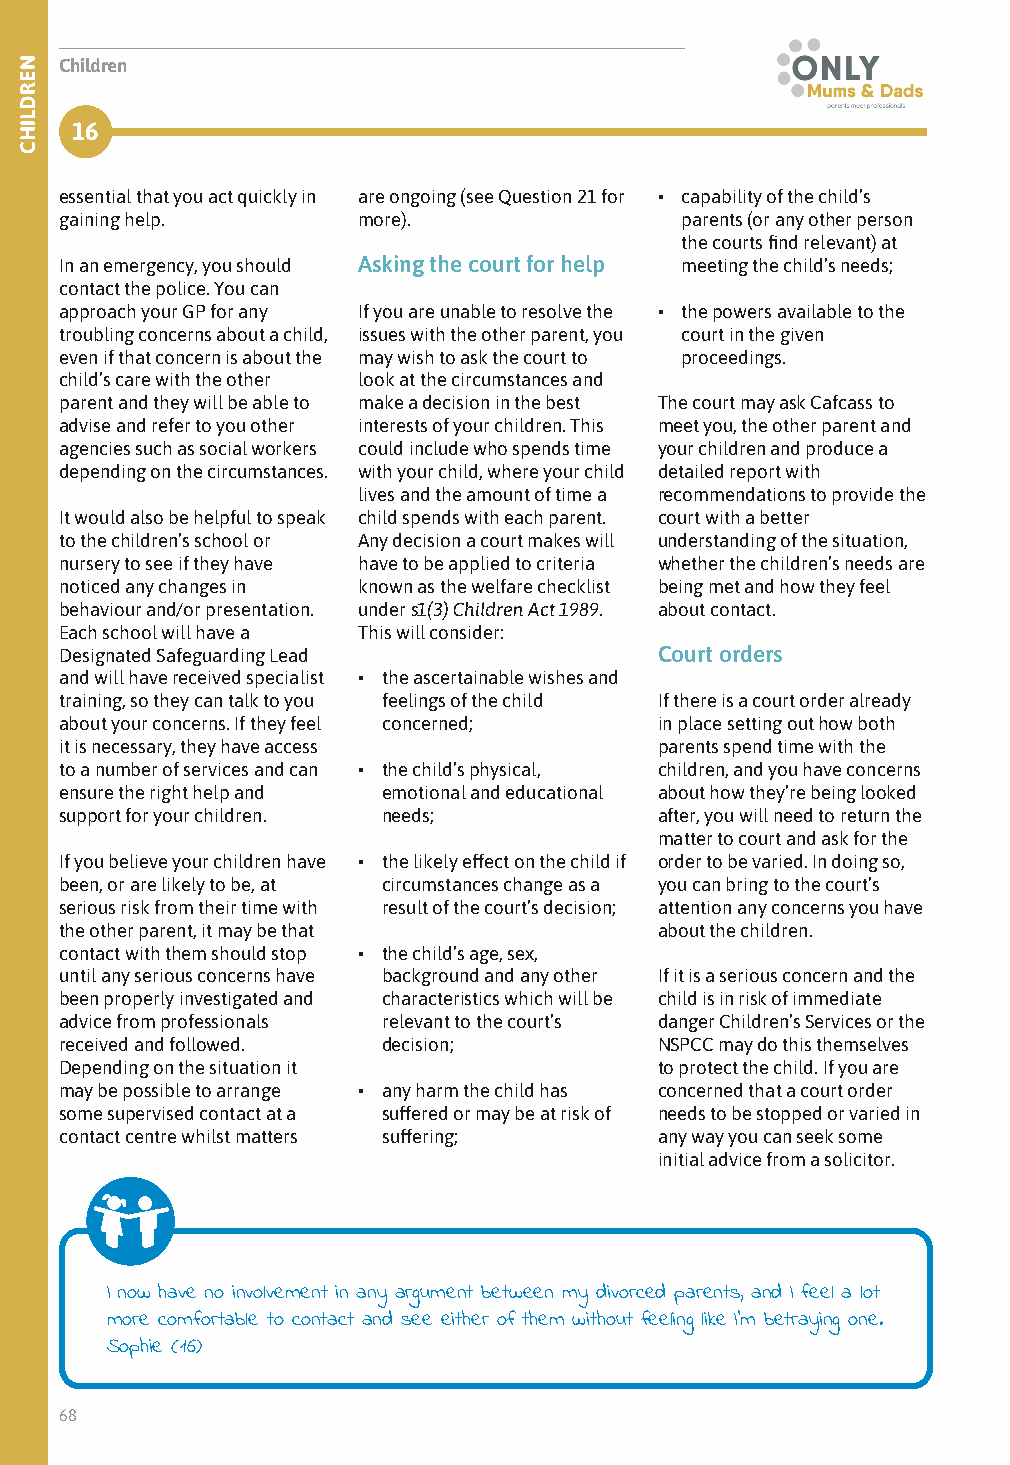
Children
 16
 essential that you act quickly in are ongoing (see Question 21 for • capability of the child’s
 gaining help.       more).               parents (or any other person
 the courts find relevant) at
 In an emergency, you should Asking the court for help meeting the child’s needs;
 contact the police. You can
 approach your GP for any If you are unable to resolve the • the powers available to the
 troubling concerns about a child, issues with the other parent, you court in the given
 even if that concern is about the may wish to ask the court to proceedings.
 child’s care with the other look at the circumstances and
 parent and they will be able to make a decision in the best The court may ask Cafcass to
 advise and refer to you other interests of your children. This meet you, the other parent and
 agencies such as social workers could include who spends time your children and produce a
 depending on the circumstances. with your child, where your child detailed report with
 lives and the amount of time a recommendations to provide the
 It would also be helpful to speak child spends with each parent. court with a better
 to the children’s school or Any decision a court makes will understanding of the situation,
 nursery to see if they have have to be applied to criteria whether the children’s needs are
 noticed any changes in known as the welfare checklist being met and how they feel
 behaviour and/or presentation. under s1(3) Children Act 1989. about contact.
 Each school will have a This will consider:
 Designated Safeguarding Lead            Court orders
 and will have received specialist • the ascertainable wishes and
 training, so they can talk to you feelings of the child If there is a court order already
 about your concerns. If they feel concerned; in place setting out how both
 it is necessary, they have access       parents spend time with the
 to a number of services and can • the child’s physical, children, and you have concerns
 ensure the right help and emotional and educational about how they’re being looked
 support for your children. needs;       after, you will need to return the
 matter to court and ask for the
 If you believe your children have • the likely effect on the child if order to be varied. In doing so,
 been, or are likely to be, at circumstances change as a you can bring to the court’s
 serious risk from their time with result of the court’s decision; attention any concerns you have
 the other parent, it may be that        about the children.
 contact with them should stop • the child’s age, sex,
 until any serious concerns have background and any other If it is a serious concern and the
 been properly investigated and characteristics which will be child is in risk of immediate
 advice from professionals relevant to the court’s danger Children’s Services or the
 received and followed. decision;        NSPCC may do this themselves
 Depending on the situation it           to protect the child. If you are
 may be possible to arrange • any harm the child has concerned that a court order
 some supervised contact at a suffered or may be at risk of needs to be stopped or varied in
 contact centre whilst matters suffering; any way you can seek some
 initial advice from a solicitor.
 I now have no involvement in any argument between my divorced parents, and I feel a lot
 more comfortable to contact and see either of them without feeling like I’m betraying one.
 Sophie (16)
 68
 NERDLIHC